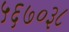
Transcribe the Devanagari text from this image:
५६७०३८